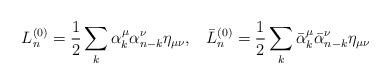
LaTeX: \begin{align*}L_n^{(0)} = \frac{1}{2} \sum_k\alpha_k^\mu \alpha_{n-k}^\nu \eta_{\mu\nu} {,} \quad\bar{L}{}_n^{(0)} = \frac{1}{2} \sum_k\bar{\alpha}{}_k^\mu \bar{\alpha}{}_{n-k}^\nu \eta_{\mu\nu}\end{align*}